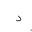
Letter: _dal